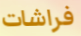
فراشات